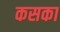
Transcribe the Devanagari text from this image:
कसका